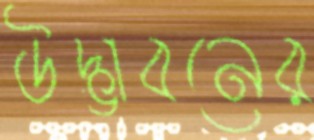
উদ্ভাবনের